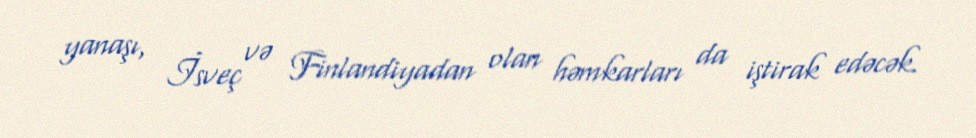
yanaşı, İsveç və Finlandiyadan olan həmkarları da iştirak edəcək.